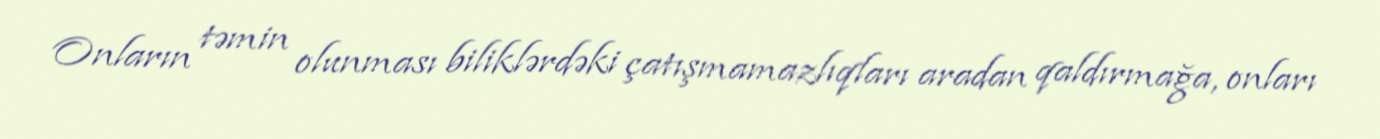
Onların təmin olunması biliklərdəki çatışmamazlıqları aradan qaldırmağa, onları